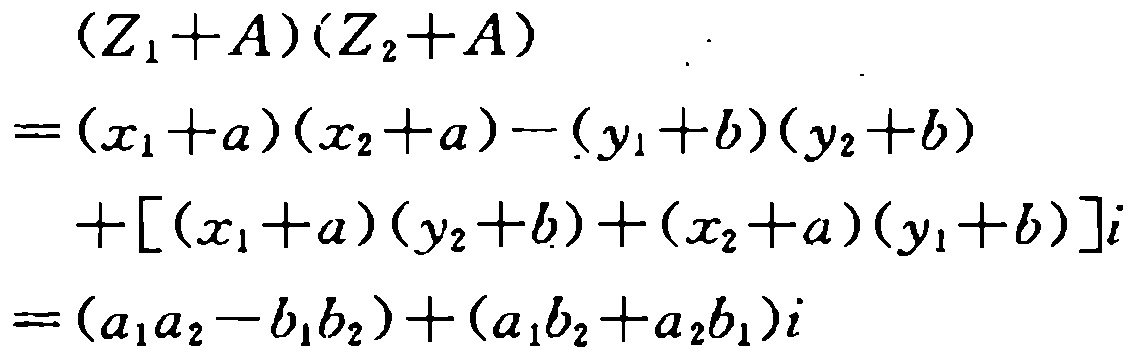
\[
\begin{align*}
&(Z_1 + A)(Z_2 + A)\\
=&(x_1 + a)(x_2 + a) - (y_1 + b)(y_2 + b)\\
&+[(x_1 + a)(y_2 + b)+(x_2 + a)(y_1 + b)]i\\
=&(a_1a_2 - b_1b_2)+(a_1b_2 + a_2b_1)i
\end{align*}
\]